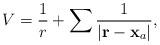
LaTeX: \begin{align*}V = \frac{1}{r} + \sum { 1 \over |{\bf r}-\mathbf{x}_a |},\end{align*}